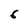
Character: 6